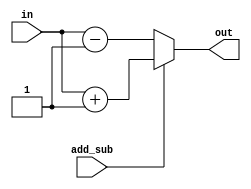
module add_sub_1 (in, add_sub, out);
    parameter LENGTH = 16; 
    input [LENGTH-1:0] in;
    input add_sub;
    output [LENGTH-1:0] out;

    assign out = add_sub ? in+1 : in-1;

endmodule